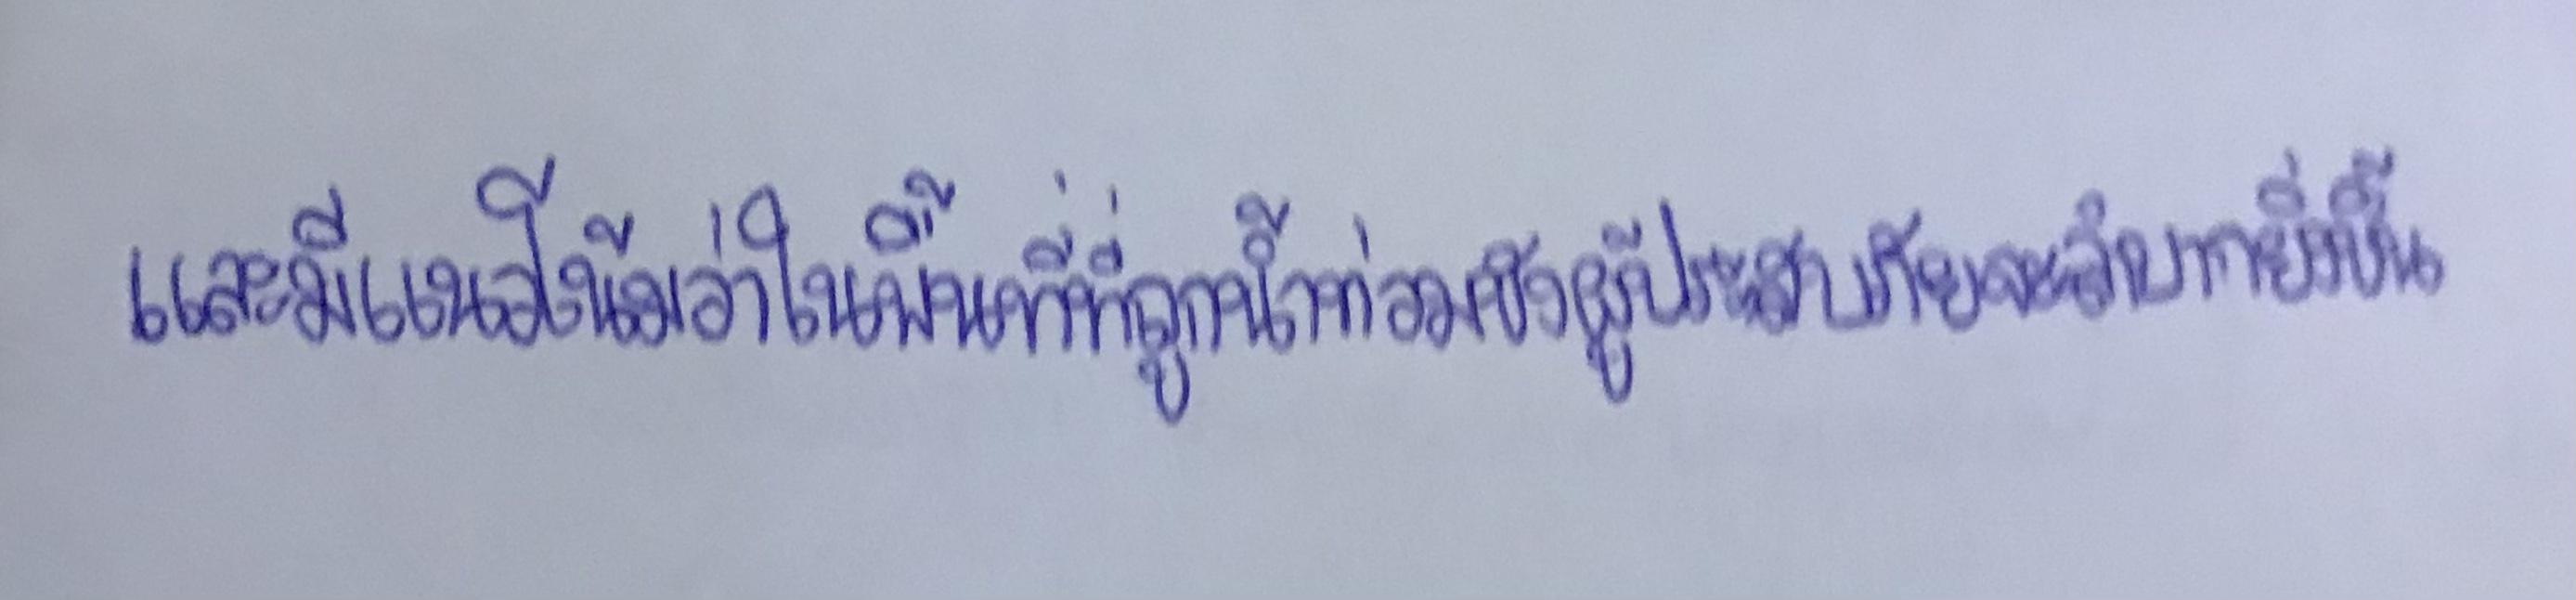
และมีแนวโน้มว่าในพื้นที่ที่ถูกน้ำท่วมขังผู้ประสบภัยจะลำบากยิ่งขึ้น